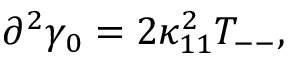
\partial ^ { 2 } \gamma _ { 0 } = 2 \kappa _ { 1 1 } ^ { 2 } T _ { -- } ,